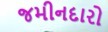
જમીનદારો